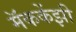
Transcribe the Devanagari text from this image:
मॅककेंझी